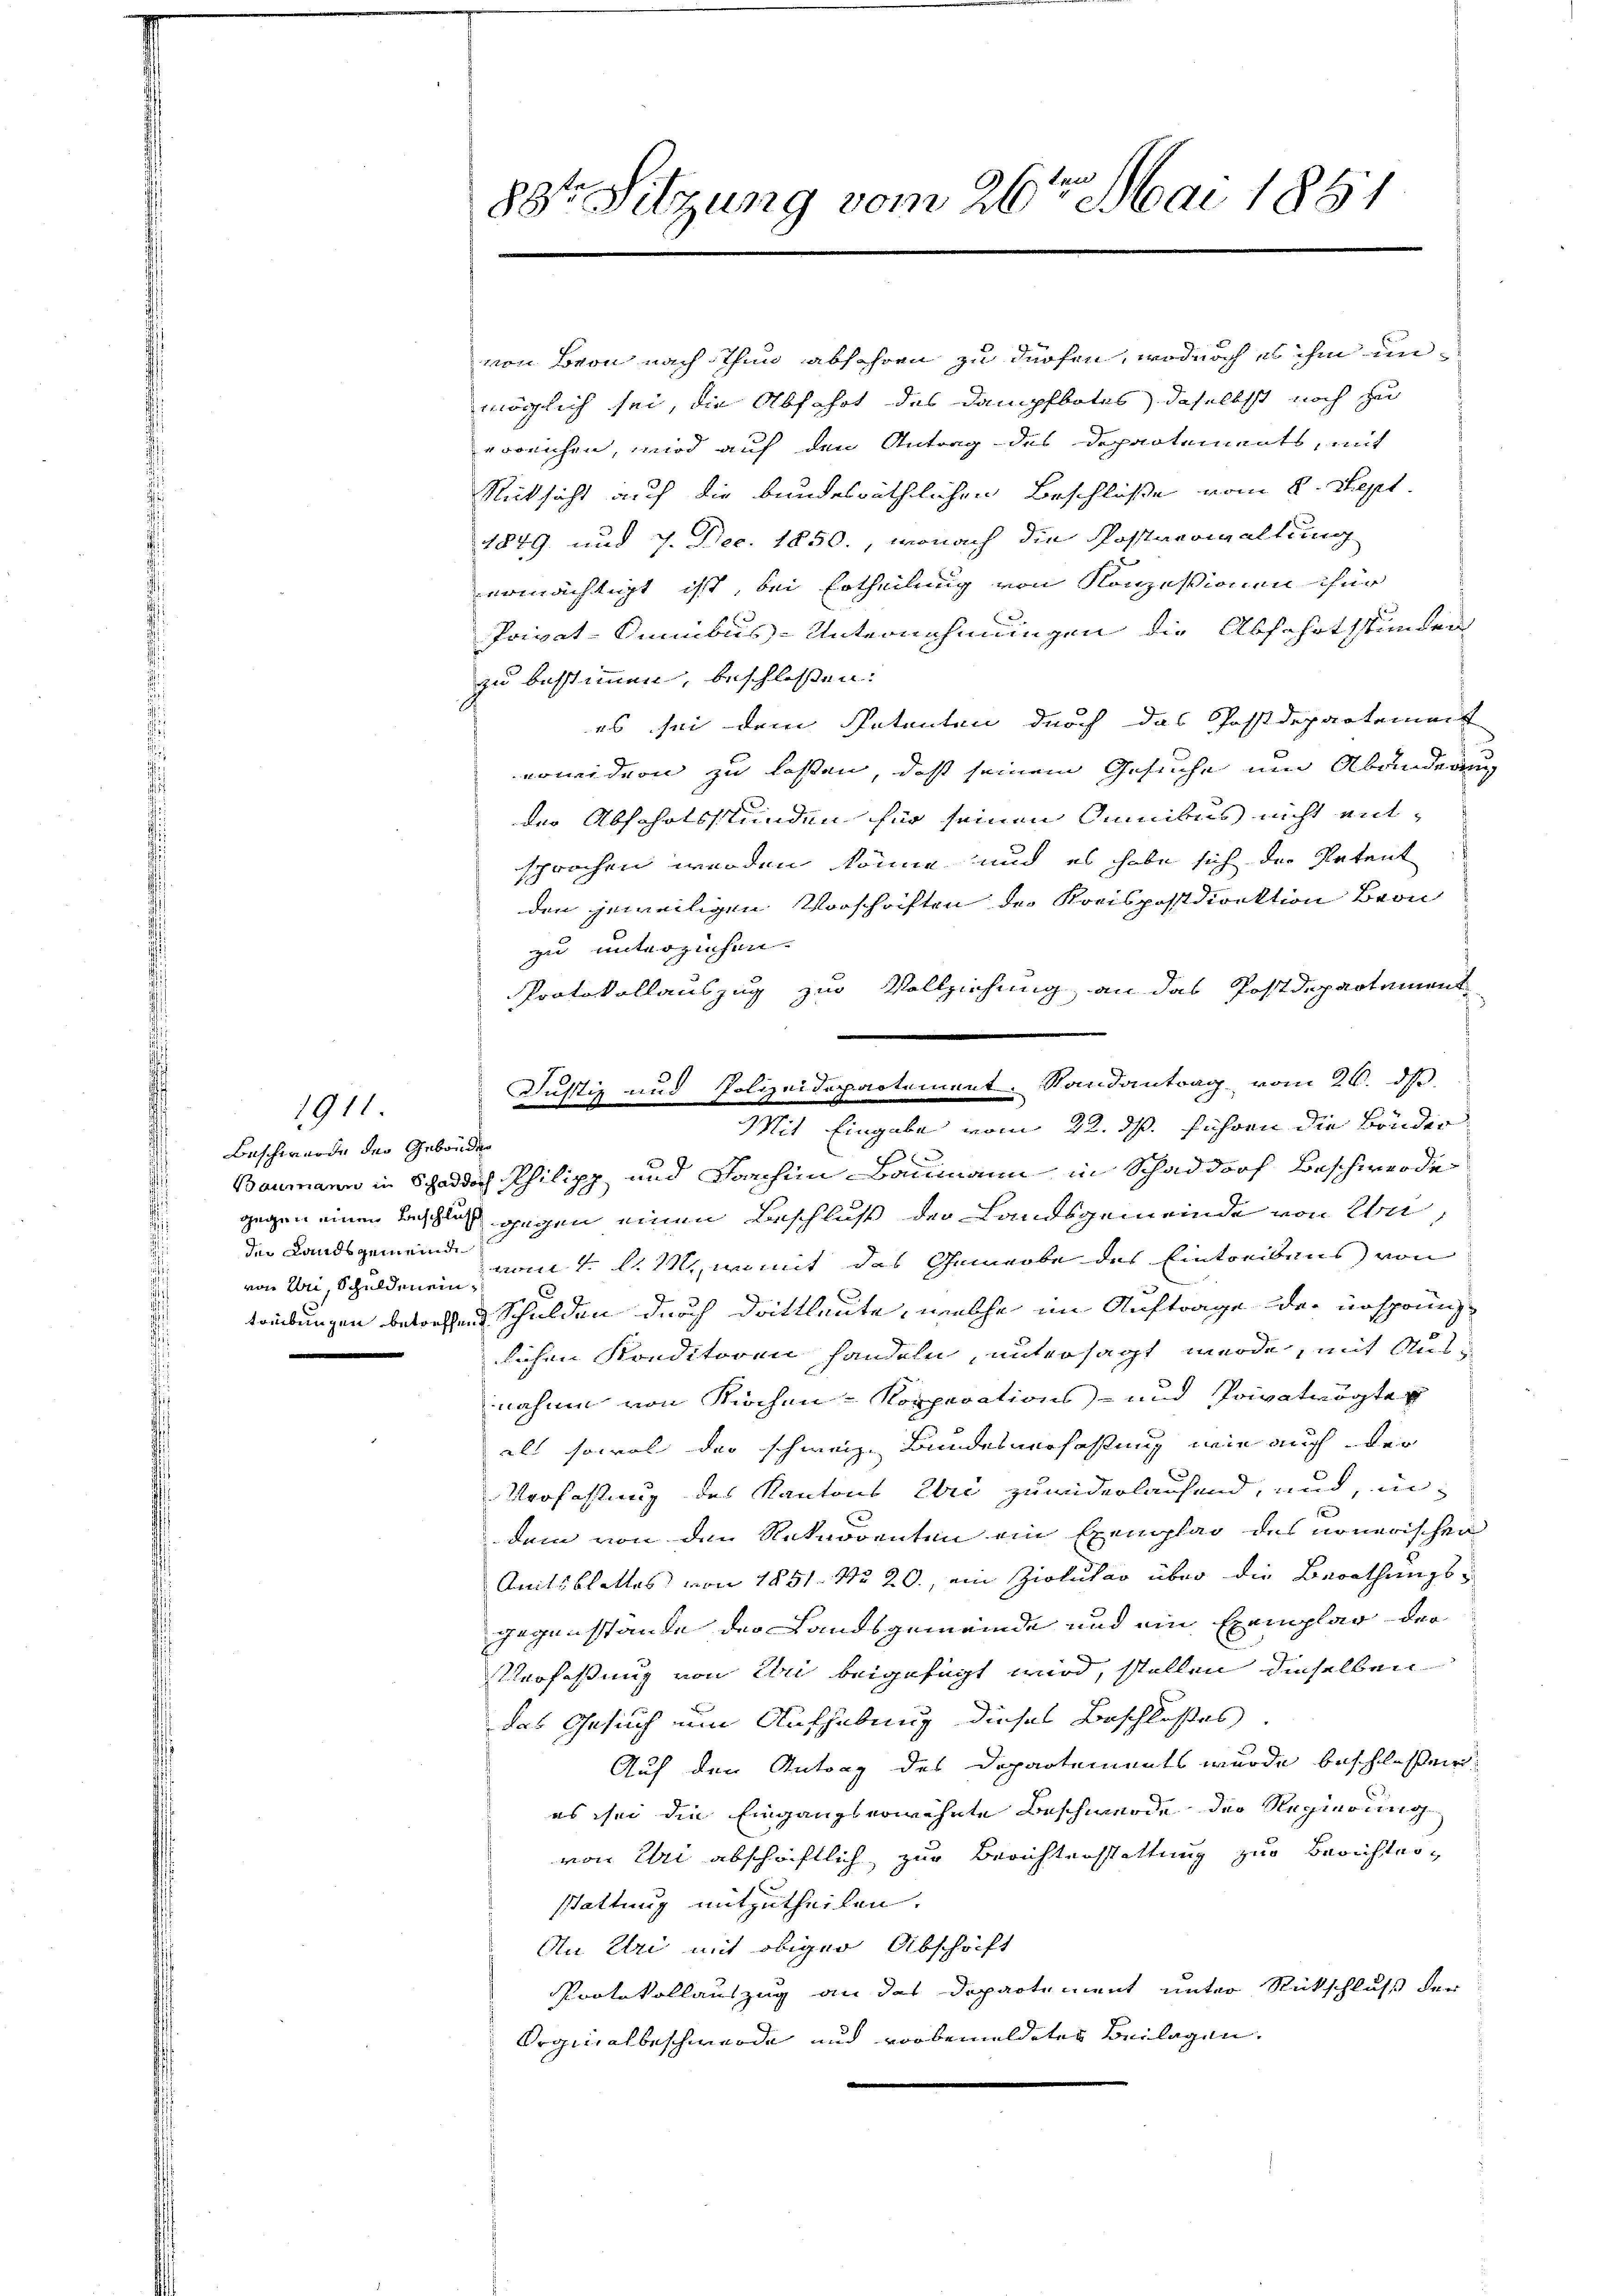
Beschwerde der Gebäuden
der Landsgemeinde
von der Schuldenein

1911

88te Sitzung vom 26ten Mai 1861

von Bern nach Thun abfahren zu dürfen, wodurch es ihm unmöglich sei, die Abfahrt des Dampfbotes daselbst noch zu
erreichen, wird auf den Antrag des Departements, mit
Rücksicht auf die bundesräthlichen Beschluße vom 8. Sept.
1849 und 7. Dec. 1850., wonach die Postverwaltung
ermächtigt ist, bei Ertheilung von Konzessionen für
Privat-Simbus-Unternehmungen die Abfahrtstunden
zu bestimmen, beschloßen:
es sei dem Petenten durch das Postdepartement
nowidion zu lassen, daß seinem Gesuche um Abänderung
der Abschofsstunden für seinen Cumibus nicht ent-
sprochen werden könne und es habe sich der Retent
den jeweiligen Vorschriften des Kreispostdirektion Bron
zu unterziehen.
Protokollauszug zur Vollziehung an das Postdepartement
x
Baumann in Schaddoch Philipp und Barchien Baumann in Schaddorf Beschwerde
gegen einen Beschluß gegen einen Beschluß der Landsgemeinde von Unvom 4. d. M., womit des Gewerbe des Eintreibens von
3
tribungen betreffend Schulden durch drittleute, welche im Auftrage der ursprünglichen Konditoren handeln, untersagt werde, mit Ausnahme von Kirchen Korporations- und Privatwegter
als sowol das schweiz. Bundesverhaffung wie auch der
Verfassung des Kantons Eri zuwiderlaufend, und, in
s
dem von den Rekurrenten ein Exemplar des nonerischen
Amtsblattes von 1851. No 20., ein Zirkular über die Berathungsgegenstände der Landsgemeinde und ein Exemplar der
Verfaßung von Uri beigefügt wird, stellen dieselben
das Gesuch nun Aufhebung dieses Beschlußes.
Auf den Antrag des Departements wurde beschlossen:
es sei die Eingangserwehnte Beschwerde der Regierung
von Uri abschriftlich zur Berichtensstattung zur Berichter
stattung mitzutheilen.
An Uri mit obiger Abschrift
Protokollauszug an das Departement unter Rückschluß der
Orginalbeschwerde und vorbemeldetes Beilagen,

Justiz und Polizeidepartement. Randantrag vom 26. ds
Mit Eingabe vom 22. ds. führen die Bänder